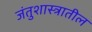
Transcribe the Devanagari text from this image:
जंतुशास्त्रातील